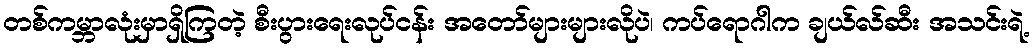
တစ်ကမ္ဘာလုံးမှာရှိကြတဲ့ စီးပွားရေးလုပ်ငန်း အတော်များများလိုပဲ၊ ကပ်ရောဂါက ချယ်လ်ဆီး အသင်းရဲ့